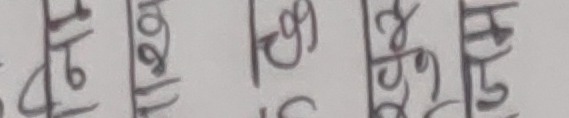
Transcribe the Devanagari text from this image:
१५ १०१ १०९ १६४ १४५